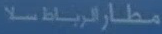
مطارالرياضسلا